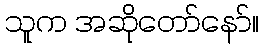
သူက အဆိုတော်နော်။